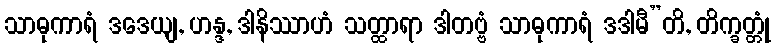
သာဓုကာရံ ဒဒေယျ, ဟန္ဒ, ဒါနိဿာဟံ သတ္ထာရာ ဒါတဗ္ဗံ သာဓုကာရံ ဒဒါမီ”တိ, တိက္ခတ္တုံ